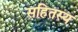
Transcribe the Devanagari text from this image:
सहितस्य